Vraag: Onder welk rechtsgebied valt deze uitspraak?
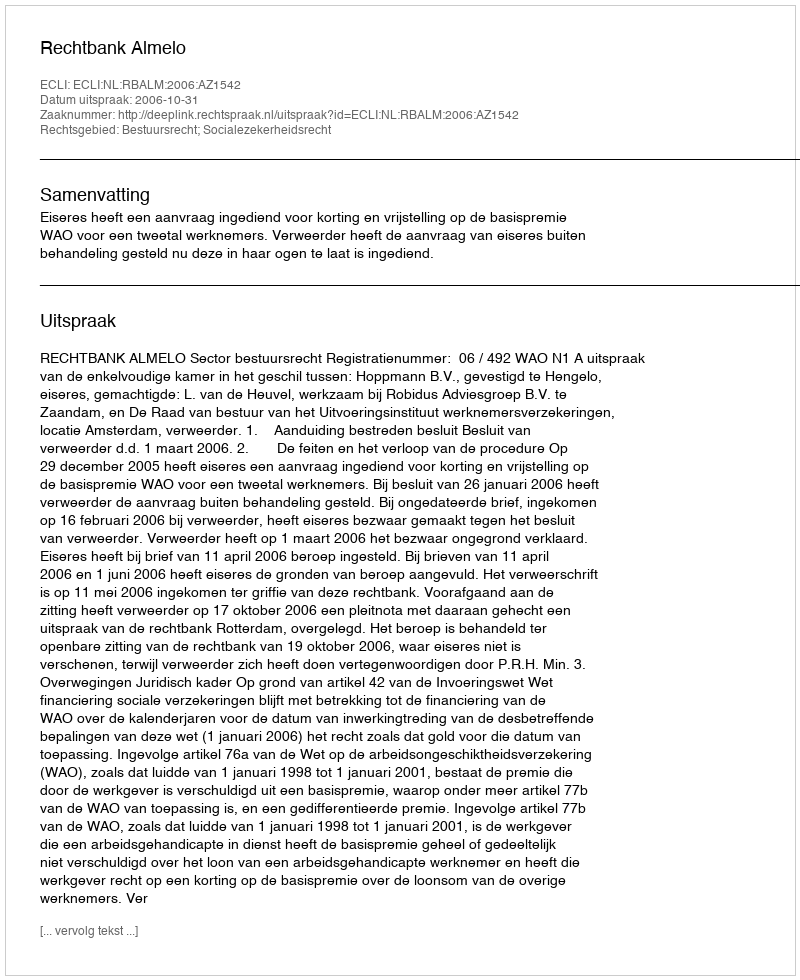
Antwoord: Bestuursrecht; Socialezekerheidsrecht